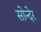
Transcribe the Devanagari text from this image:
सोन्देर